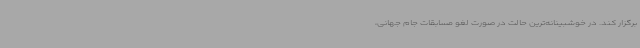
برگزار کند. در خوشبینانه‌ترین حالت در صورت لغو مسابقات جام جهانی،